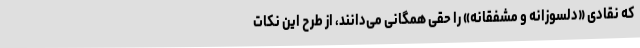
که نقادی «دلسوزانه و مشفقانه» را حقی همگانی می‌دانند، از طرح این نکات